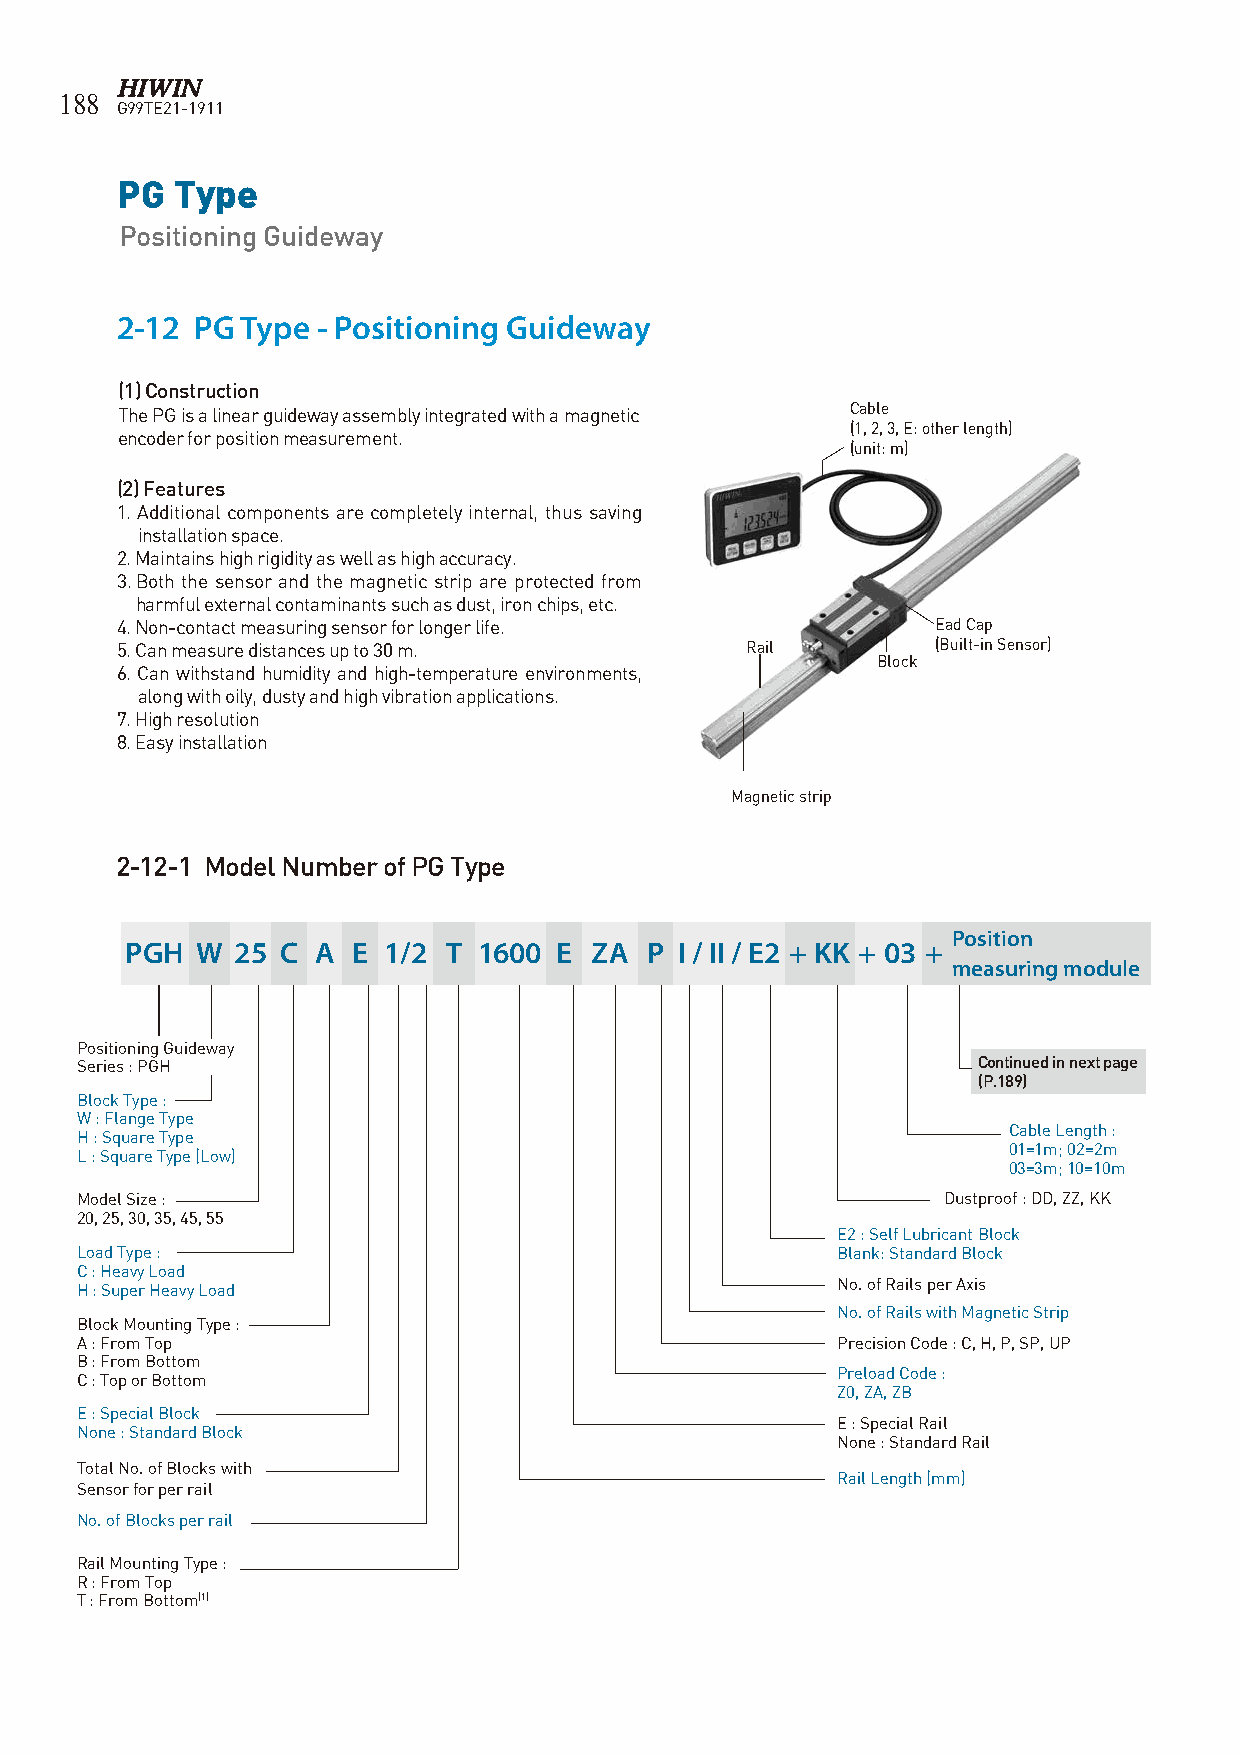
188
 G99TE21-1911
 PG Type
 Positioning Guideway
 2-12 PG Type - Positioning Guideway
 (1) Construction
 The PG is a linear guideway assembly integrated with a magnetic Cable
 (1, 2, 3, E: other length)
 encoder for position measurement.
 (unit: m)
 (2) Features
 1. Additional components are completely internal, thus saving
 installation space.
 2. Maintains high rigidity as well as high accuracy.
 3. Both the sensor and the magnetic strip are protected from
 harmful external contaminants such as dust, iron chips, etc.
 4. Non-contact measuring sensor for longer life.      Ead Cap
 5. Can measure distances up to 30 m.     Rail         (Built-in Sensor)
 Block
 6. Can withstand humidity and high-temperature environments,
 along with oily, dusty and high vibration applications.
 7. High resolution
 8. Easy installation
 Magnetic strip
 2-12-1 Model Number of PG Type
 Position
 PGH  W 25  C A E 1/2 T  1600 E ZA  P I / II / E2 + KK + 03 +
 measuring module
 Positioning Guideway
 Series : PGH                                                Continued in next page
 (P.189)
 Block Type :
 W : Flange Type
 Cable Length :
 H : Square Type
 01=1m; 02=2m
 L : Square Type (Low)
 03=3m; 10=10m
 Model Size :                                             Dustproof : DD, ZZ, KK
 20, 25, 30, 35, 45, 55
 E2 : Self Lubricant Block
 Load Type :                                       Blank: Standard Block
 C : Heavy Load
 H : Super Heavy Load                              No. of Rails per Axis
 No. of Rails with Magnetic Strip
 Block Mounting Type :
 A : From Top                                      Precision Code : C, H, P, SP, UP
 B : From Bottom
 Preload Code :
 C : Top or Bottom
 Z0, ZA, ZB
 E : Special Block
 E : Special Rail
 None : Standard Block
 None : Standard Rail
 Total No. of Blocks with
 Rail Length (mm)
 Sensor for per rail
 No. of Blocks per rail
 Rail Mounting Type :
 R : From Top
 T : From Bottom(1)